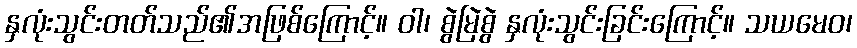
နှလုံးသွင်းတတ်သည်၏အဖြစ်ကြောင့်။ ဝါ၊ စွဲမြဲစွဲ နှလုံးသွင်းခြင်းကြောင့်။ သယမေဝ၊